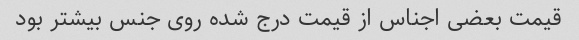
قیمت بعضی اجناس از قیمت درج شده روی جنس بیشتر بود